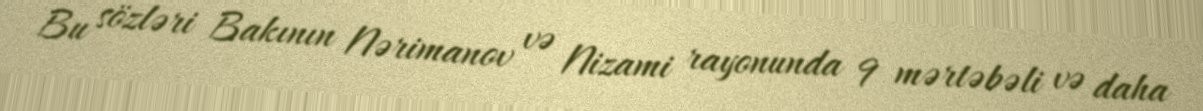
Bu sözləri Bakının Nərimanov və Nizami rayonunda 9 mərtəbəli və daha